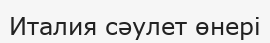
Италия сәулет өнері